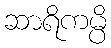
ဆာရိကမ္ပိ